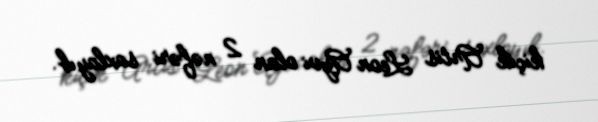
kiçik Artis Leon Ayvi olan 2 nəfəri saxlayıb.